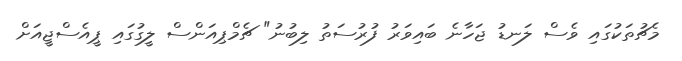
މެޗުތަކުގައި ވެސް ލަނޑު ޖަހާނެ ބައިވަރު ފުރުސަތު ލިބުނު" ޗެމްޕިއަންސް ލީގުގައި ޕީއެސްޖީއަށް